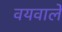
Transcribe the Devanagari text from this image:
वयवाले